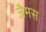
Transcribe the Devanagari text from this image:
जैमस